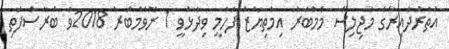
އުތުރުދާއިރާގެ މަޖިލިސް މެމްބަރު އިމްތިޔާޒު ފަހުމީ ވިދާޅުވީ 1 ނޮވެމްބަރު 2018ވާ ބުރާސްފަތި